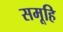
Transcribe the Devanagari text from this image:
समूहि